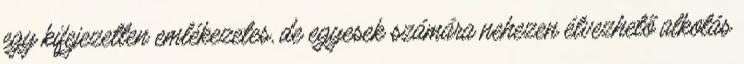
egy kifejezetten emlékezetes, de egyesek számára nehezen élvezhető alkotás